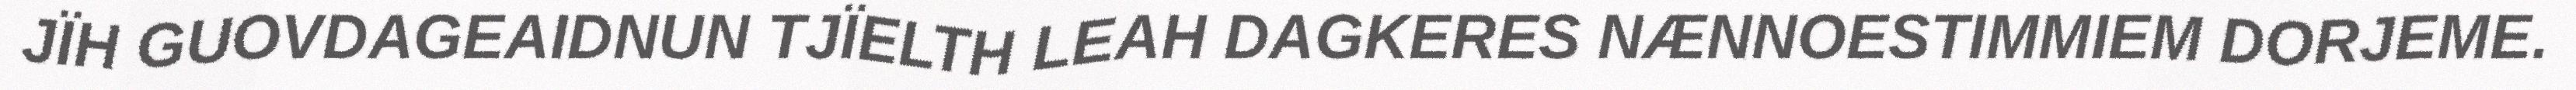
JÏH GUOVDAGEAIDNUN TJÏELTH LEAH DAGKERES NÆNNOESTIMMIEM DORJEME.